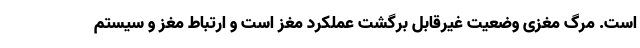
است. مرگ مغزی وضعیت غیرقابل برگشت عملکرد مغز است و ارتباط مغز و سیستم